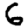
Digit: 6